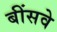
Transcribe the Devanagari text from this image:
बींसवे